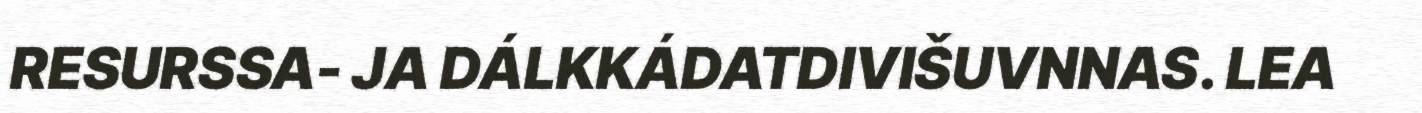
RESURSSA- JA DÁLKKÁDATDIVIŠUVNNAS. LEA